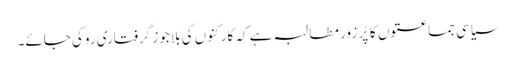
سیاسی جماعتوں کا پُر زور مطالبہ ہے کہ کارکنوں کی بلا جوز گرفتاری روکی جائے۔